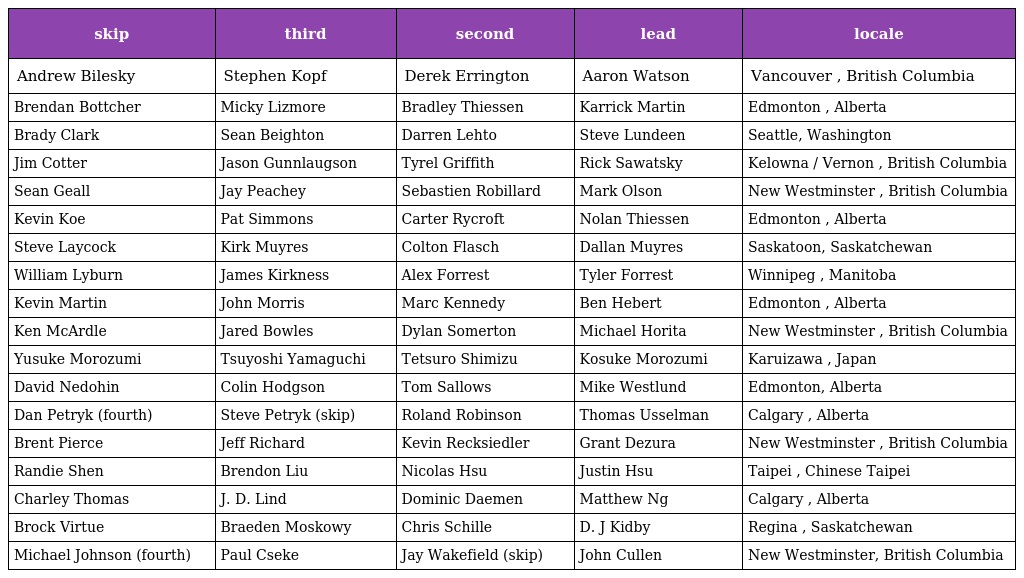
| skip | third | second | lead | locale |
 | --- | --- | --- | --- | --- |
 | Andrew Bilesky | Stephen Kopf | Derek Errington | Aaron Watson | Vancouver , British Columbia |
 | Brendan Bottcher | Micky Lizmore | Bradley Thiessen | Karrick Martin | Edmonton , Alberta |
 | Brady Clark | Sean Beighton | Darren Lehto | Steve Lundeen | Seattle, Washington |
 | Jim Cotter | Jason Gunnlaugson | Tyrel Griffith | Rick Sawatsky | Kelowna / Vernon , British Columbia |
 | Sean Geall | Jay Peachey | Sebastien Robillard | Mark Olson | New Westminster , British Columbia |
 | Kevin Koe | Pat Simmons | Carter Rycroft | Nolan Thiessen | Edmonton , Alberta |
 | Steve Laycock | Kirk Muyres | Colton Flasch | Dallan Muyres | Saskatoon, Saskatchewan |
 | William Lyburn | James Kirkness | Alex Forrest | Tyler Forrest | Winnipeg , Manitoba |
 | Kevin Martin | John Morris | Marc Kennedy | Ben Hebert | Edmonton , Alberta |
 | Ken McArdle | Jared Bowles | Dylan Somerton | Michael Horita | New Westminster , British Columbia |
 | Yusuke Morozumi | Tsuyoshi Yamaguchi | Tetsuro Shimizu | Kosuke Morozumi | Karuizawa , Japan |
 | David Nedohin | Colin Hodgson | Tom Sallows | Mike Westlund | Edmonton, Alberta |
 | Dan Petryk (fourth) | Steve Petryk (skip) | Roland Robinson | Thomas Usselman | Calgary , Alberta |
 | Brent Pierce | Jeff Richard | Kevin Recksiedler | Grant Dezura | New Westminster , British Columbia |
 | Randie Shen | Brendon Liu | Nicolas Hsu | Justin Hsu | Taipei , Chinese Taipei |
 | Charley Thomas | J. D. Lind | Dominic Daemen | Matthew Ng | Calgary , Alberta |
 | Brock Virtue | Braeden Moskowy | Chris Schille | D. J Kidby | Regina , Saskatchewan |
 | Michael Johnson (fourth) | Paul Cseke | Jay Wakefield (skip) | John Cullen | New Westminster, British Columbia |